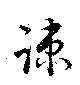
踈